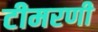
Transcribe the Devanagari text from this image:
टीमरणी